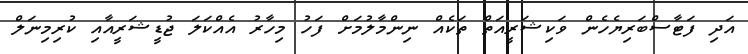
އަދި ފަޓާސްބަރިޔެހެން ވަކިޝަރީއަތް ތަކެއް ނިންމާލުމަށް ފަހު މިހާރު އެއްކަލަ ޖުޑީޝަރީއާއި ކުރިމިނަލް